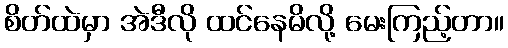
စိတ်ထဲမှာ အဲဒီလို ထင်နေမိလို့ မေးကြည့်တာ။